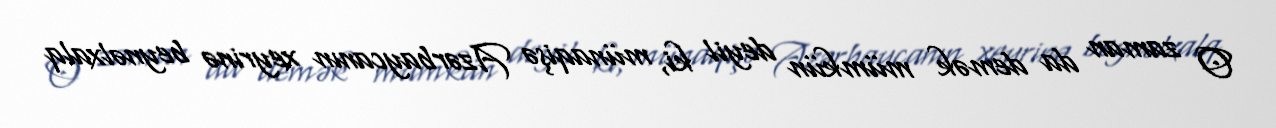
O zaman da demək mümkün deyil ki, münaqişə Azərbaycanın xeyrinə beynəlxalq